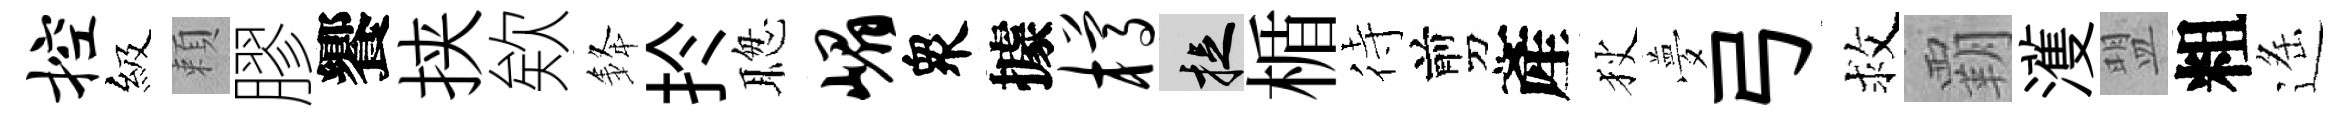
控級頼膠饗挟欸𨦟扵聦嵋衆據樽捉楯待剪產狄夢弓救覇濩盟粗遥